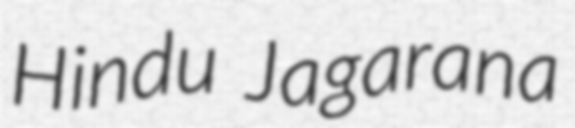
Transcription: Hindu Jagarana